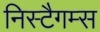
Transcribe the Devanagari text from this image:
निस्टैगम्स